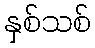
နှစ်သစ်